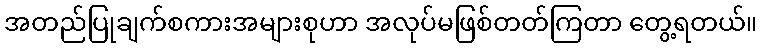
အတည်ပြုချက်စကားအများစုဟာ အလုပ်မဖြစ်တတ်ကြတာ တွေ့ရတယ်။